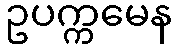
ဥပက္ကမေန